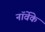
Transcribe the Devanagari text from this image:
नॉर्वेके